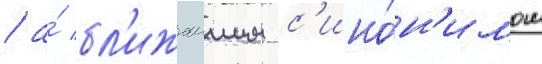
/ а́ бл'ижаишим с'ино́н'имом